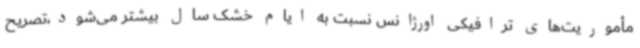
مأموریت‌های ترافیکی اورژانس نسبت به ایام خشک سال بیشتر می‌شود،تصریح